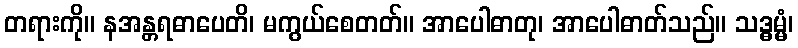
တရားကို။ နအန္တရဓာပေတိ၊ မကွယ်စေတတ်။ အာပေါဓာတု၊ အာပေါဓာတ်သည်။ သဒ္ဓမ္မံ၊